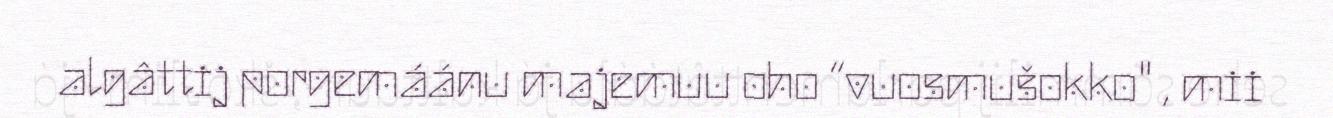
algâttij porgemáánu majemuu oho “vuosmušokko" , mii